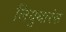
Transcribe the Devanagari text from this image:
लियुथारंस